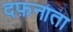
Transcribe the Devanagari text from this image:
दफ़नाता